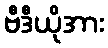
ဗီဒီယိုအား